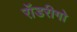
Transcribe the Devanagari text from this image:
रॉडरीगो